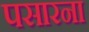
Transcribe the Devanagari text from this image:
पसारना